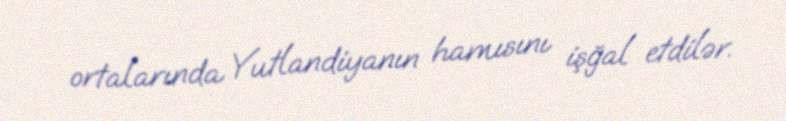
ortalarında Yutlandiyanın hamısını işğal etdilər.